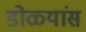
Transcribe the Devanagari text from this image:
डोळ्यांस